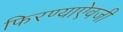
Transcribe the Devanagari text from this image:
फिरण्याऐवजी